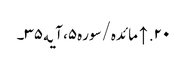
۲۰. ↑ مائده/سوره۵، آیه۳۵۔